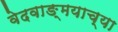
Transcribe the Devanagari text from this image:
वेदवाङ्‌मयाच्या